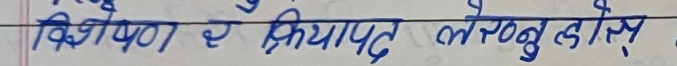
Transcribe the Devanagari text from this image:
विशेषण र क्रियापद लेख्नुहोस्